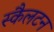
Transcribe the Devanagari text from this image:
स्कैलटन